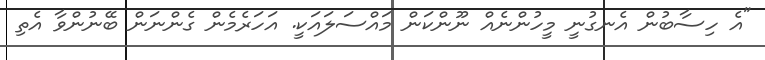
"އެ ހިސާބުން އެނގުނީ މީހުންނެއް ނޫންކަން މައްސަލައަކީ. އަހަރެމެން ގެންނަން ބޭނުންވާ އެތި